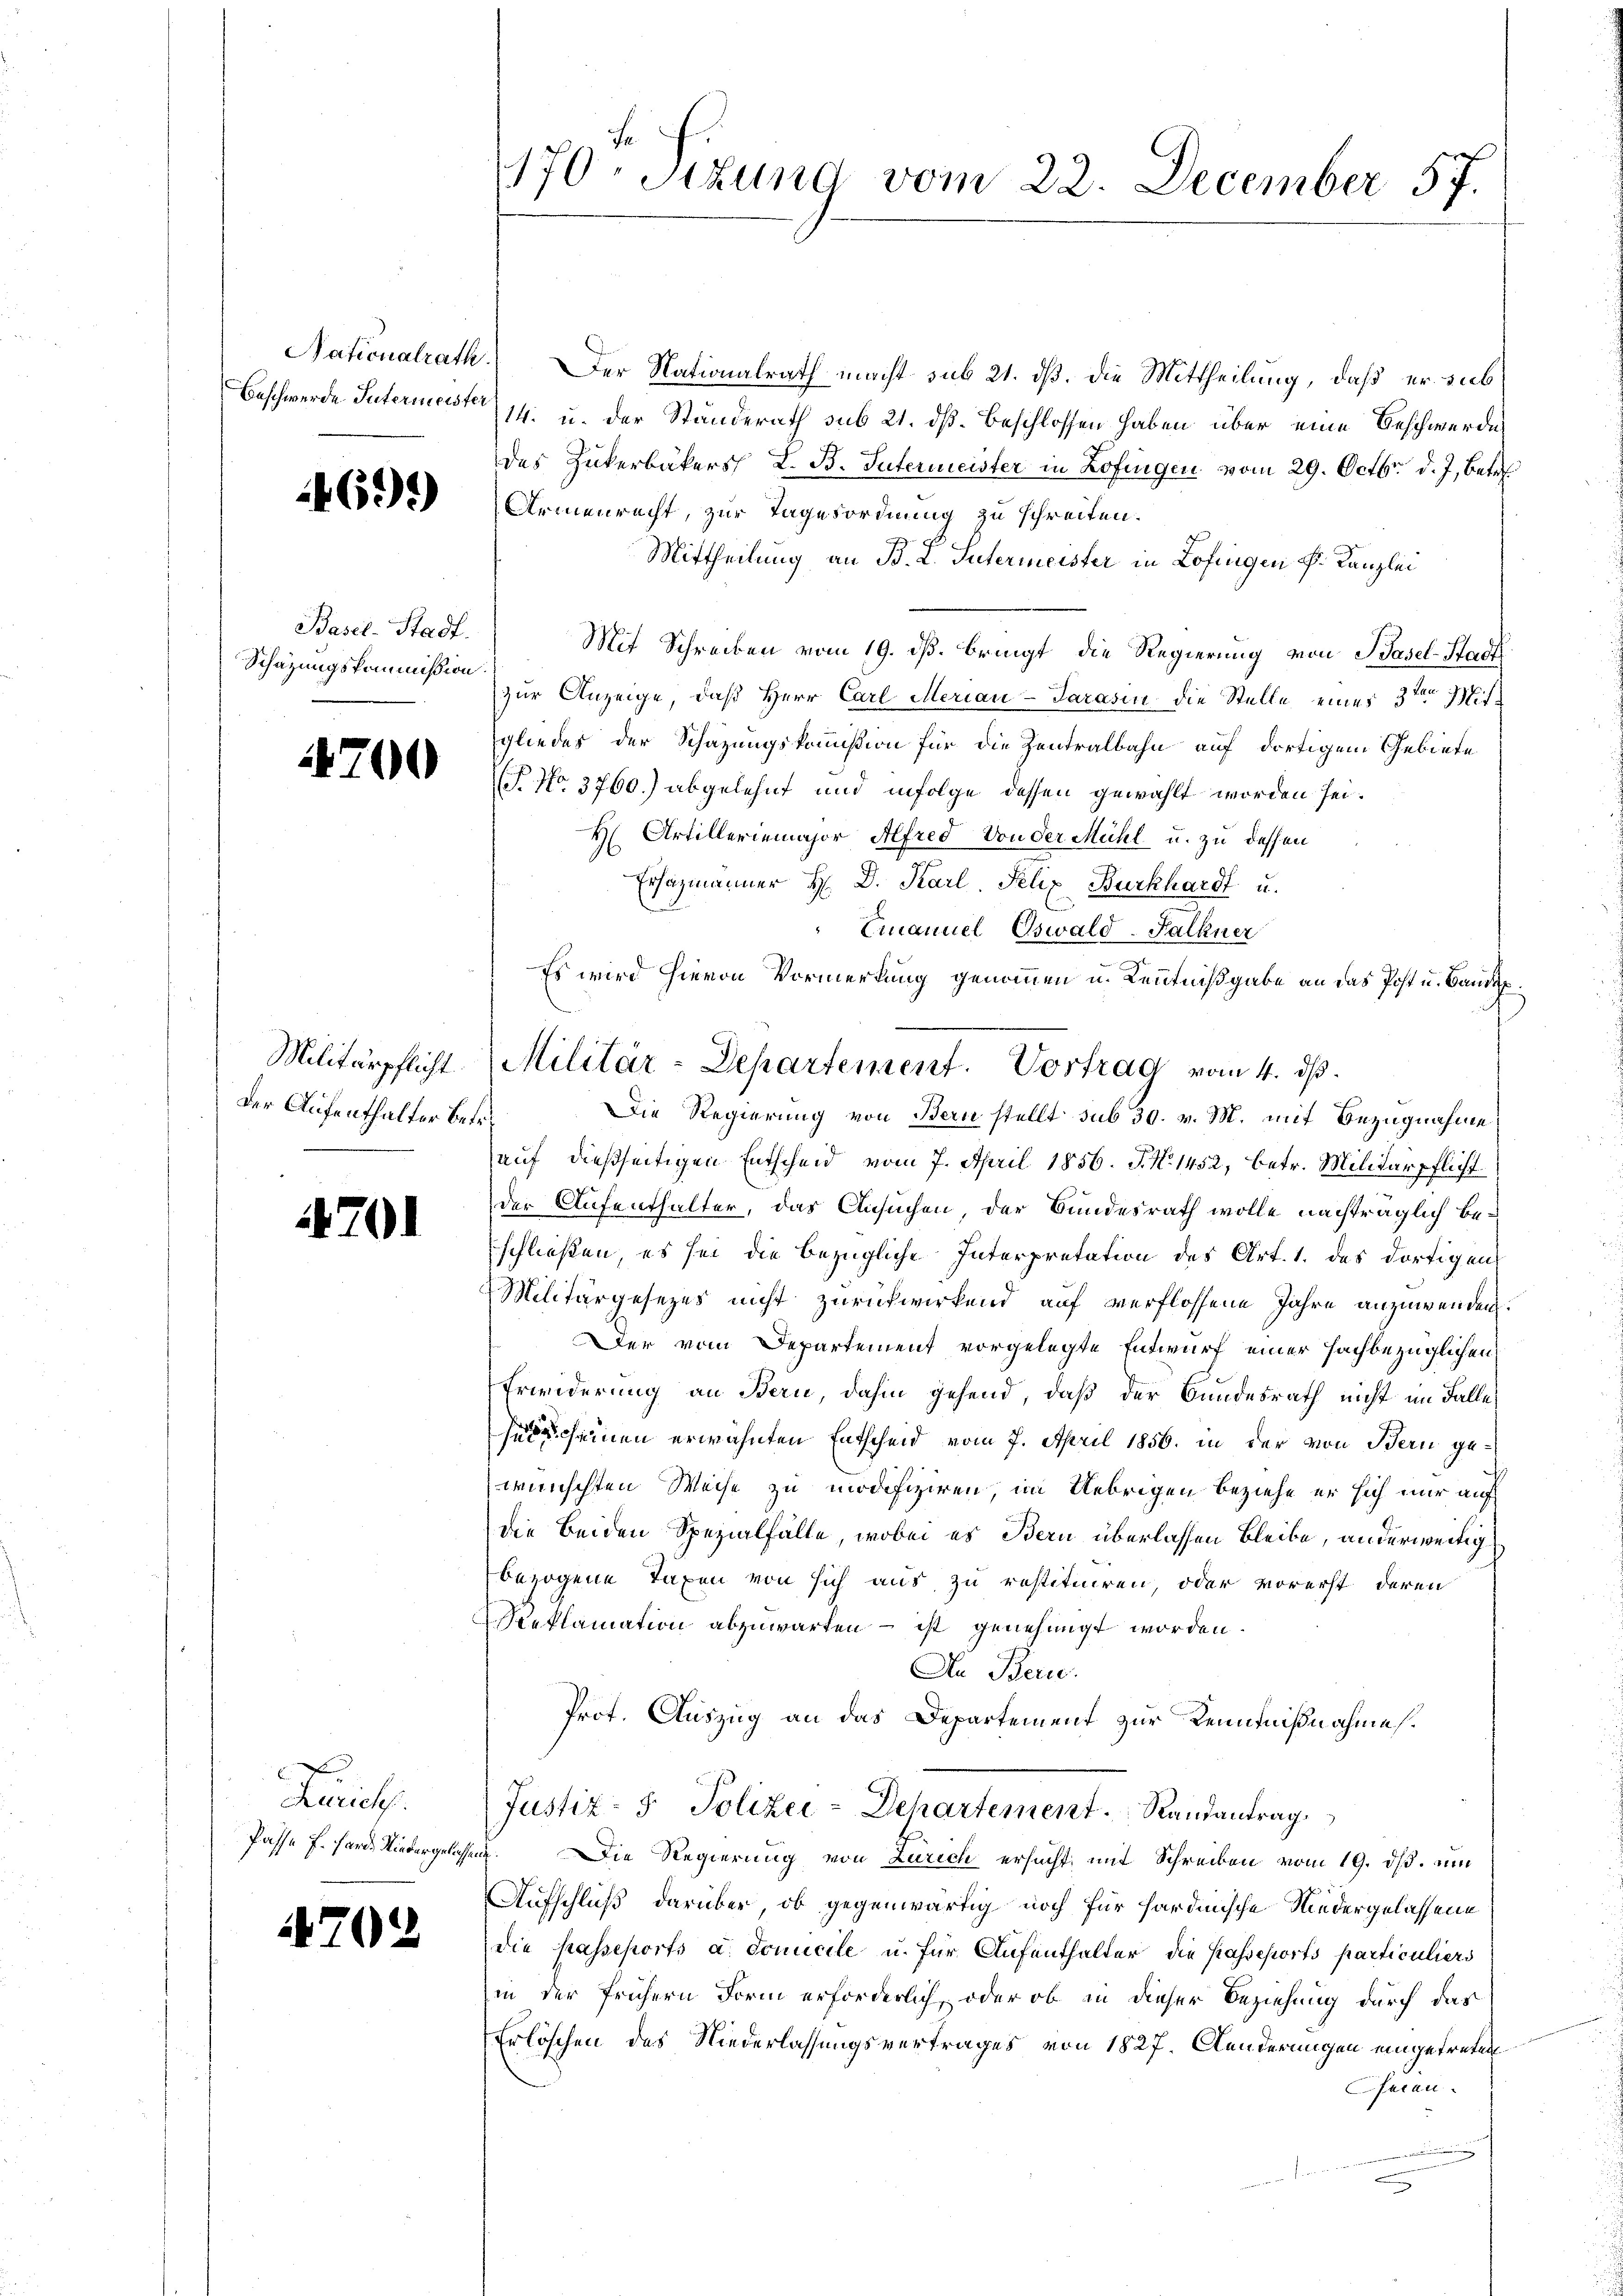
Beschwerde Intermeister

605)

Basel-Stadt.
Schätzungskommißion.

4700

Militärpflicht.
der Aufenthalter bet.

4701

Brauch
Pässe f. Harde Niedergelach

702

1170. Sizung vom 22. December 57.

Nationalrath) Der Nationalrath macht sub 21. dß. Die Mittheilung, daß er sub
14. u. der Ständerath sub 21. ds. beschlossen haben über eine Beschwerde
des Zukerbäkers L. B. Intermeister in Zofingen vom 29. Octbr. d. J., betr
Armenrecht, zur Tagesordnung zu schreiten.
Mittheilung an B. L. Intermeister in Lofingen P. Kanzlei
Mit Schreiben vom 19. ds. bringt die Regierung von Basel-Stadt
zur Anzeige, daß Herr Carl Merian-Tarasin die Stelle eines 3ten Mit
gliedes der Schazungskommißion für die Zentralbahn auf dortigem Gebiete
T. No. 3760.) abgelehnt und infolge dessen gewählt worden sei.
H. Artilleriemajor Alfred von der Mühl u. zu dessen
Ersazmänner H. D. Karl Felix Burkhardt u.
Emanuel Oswald-Falkner
Es wird hievon Vormerkung genommen u. Kenntnißgabe an das Post u. Baudep
Die Regierung von Bern stellt sub 30. v. M. mit Bezugnahme
s
auf dießseitigen Entscheid vom 7. April 1856. J. No. 1452, betr. Militärpflicht
der Aufenthalter, das Ansuchen, der Bundesrath wolle nachträglich beschließen, es sei die bezügliche Interpretation des Art. 1. des dortigen
Militärgesezes nicht zurückwirkend auf verflossene Jahre anzuwenden.
Der vom Departement vorgelegte Entwurf einer sachbezüglichen
Erwiderung an Bern, dahin gehend, daß der Bundesrath nicht im Falle
scheinen erwähnten Entscheid vom 7. April 1856. in der von Bern gewünschten Weise zu modifiziren, im Uebrigen beziehe er sich nur auf
die beiden Spezialfälle, wobei es Bern überlassen bleibe, anderweitig
bezogene Taxen von sich aus zu restituiren, oder vorerst deren
Reklamation abzuwarten – ist genehmigt worden.
An Bern.
Prot. Auszug an das Departement zur Kenntnißnahmes.
Justiz- & Polizei-Departement. Randantrag
284
Die Regierung von Zürich ersucht, mit Schreiben vom 19. ds. ein
Aufschluß darüber, ob gegenwärtig noch für hardinische Niedergelassene
die passeports a domicile u. für Aufenthalter die Kasseports particuliers
in der frühern Form erforderlich, oder ob in dieser Beziehung durch das
Erlöschen des Niederlassungsvertrages von 1827. Aenderungen eingetreten
seien.

Militär-Departement. Vortrag vom 4. ds.